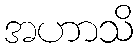
အဟာသိ